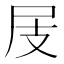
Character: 𡰸